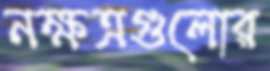
নক্ষত্রগুলোর